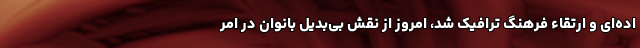
اده‌ای و ارتقاء فرهنگ ترافیک شد، امروز از نقش بی‌بدیل بانوان در امر